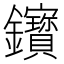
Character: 𨰦